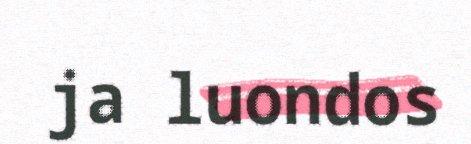
ja luondos